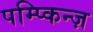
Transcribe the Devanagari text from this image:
पम्प्किन्ज़